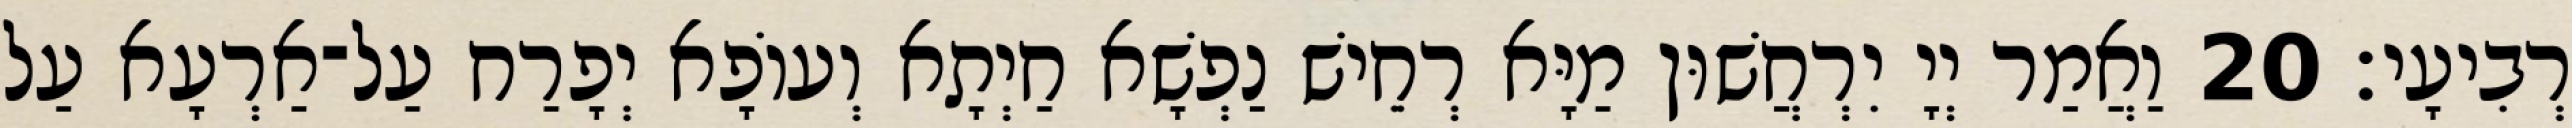
רְבִיעָי׃ 20 וַאֲמַר יְיָ יִרְחֲשׁוּן מַיָּא רְחֵישׁ נַפְשָׁא חַיְתָא וְעוֹפָא יְפָרַח עַל־אַרְעָא עַל